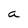
Character: a